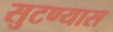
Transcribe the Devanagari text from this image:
सुटण्यास